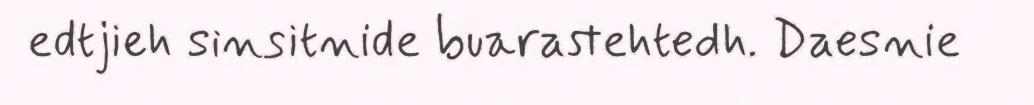
edtjieh sinsitnide buarastehtedh. Daesnie